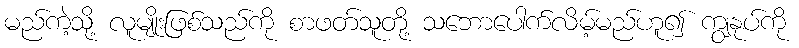
မည်ကဲ့သို့ လူမျိုးဖြစ်သည်ကို စာဖတ်သူတို့ သဘောပေါက်လိမ့်မည်ဟူ၍ ကျွနုပ်ကို